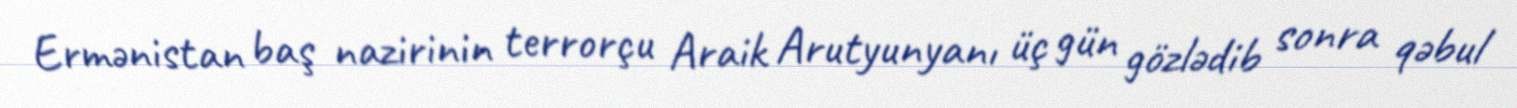
Ermənistan baş nazirinin terrorçu Araik Arutyunyanı üç gün gözlədib sonra qəbul